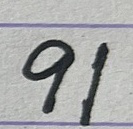
91